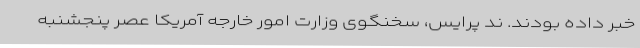
خبر داده بودند. ند پرایس، سخنگوی وزارت امور خارجه آمریکا عصر پنجشنبه